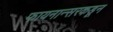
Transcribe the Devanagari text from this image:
फायनान्सरकडून